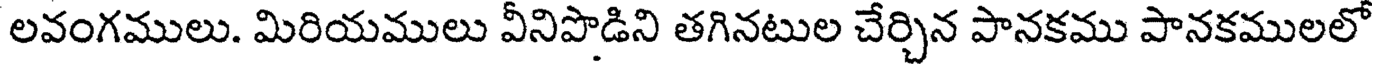
లవంగములు. మిరియములు వీనిపొడిని తగినటుల చేర్చిన పానకము పానకములలో